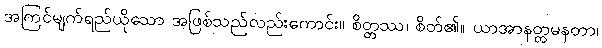
အကြင်မျက်ရည်ယိုသော အဖြစ်သည်လည်းကောင်း။ စိတ္တဿ၊ စိတ်၏။ ယာအာနတ္တမနတာ၊